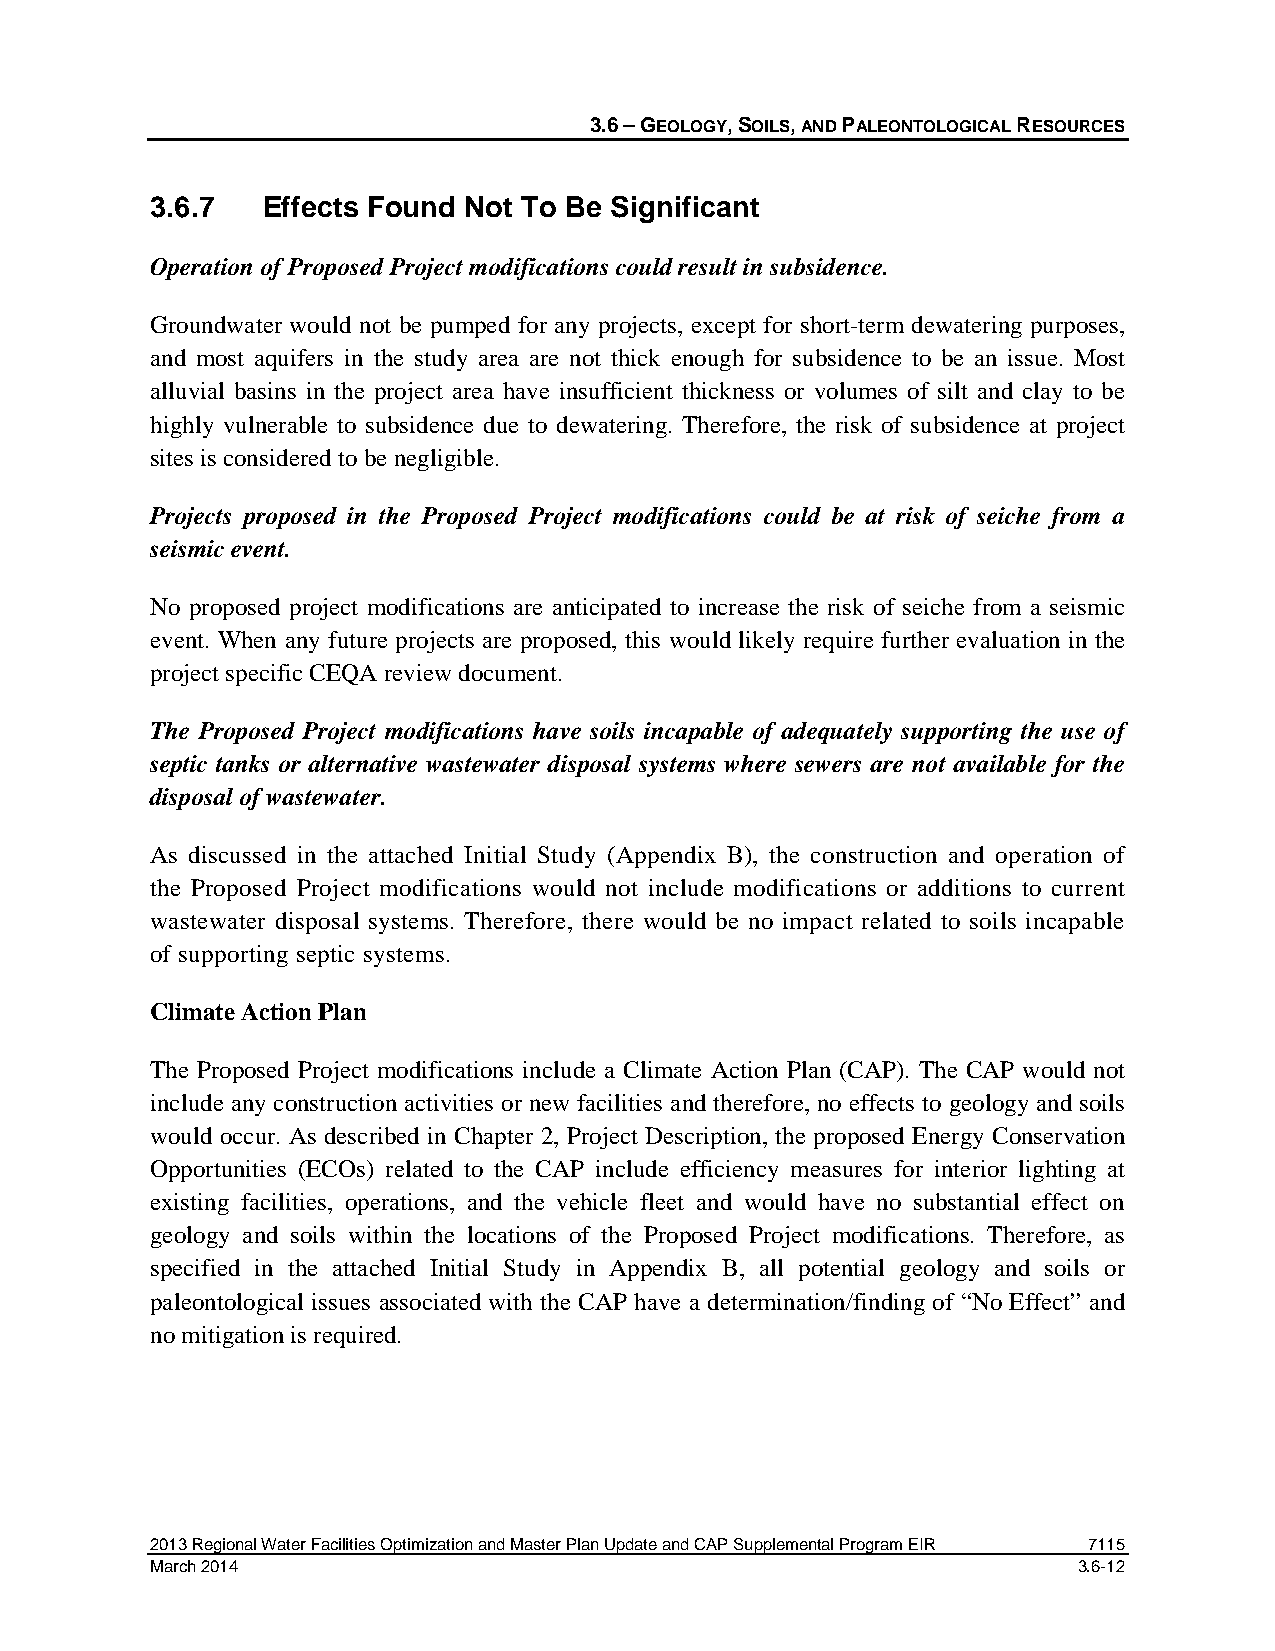
3.6 – GEOLOGY, SOILS, AND PALEONTOLOGICAL RESOURCES
 3.6.7  Effects Found Not To Be Significant
 Operation of Proposed Project modifications could result in subsidence.
 Groundwater would not be pumped for any projects, except for short-term dewatering purposes,
 and most aquifers in the study area are not thick enough for subsidence to be an issue. Most
 alluvial basins in the project area have insufficient thickness or volumes of silt and clay to be
 highly vulnerable to subsidence due to dewatering. Therefore, the risk of subsidence at project
 sites is considered to be negligible.
 Projects proposed in the Proposed Project modifications could be at risk of seiche from a
 seismic event.
 No proposed project modifications are anticipated to increase the risk of seiche from a seismic
 event. When any future projects are proposed, this would likely require further evaluation in the
 project specific CEQA review document.
 The Proposed Project modifications have soils incapable of adequately supporting the use of
 septic tanks or alternative wastewater disposal systems where sewers are not available for the
 disposal of wastewater.
 As discussed in the attached Initial Study (Appendix B), the construction and operation of
 the Proposed Project modifications would not include modifications or additions to current
 wastewater disposal systems. Therefore, there would be no impact related to soils incapable
 of supporting septic systems.
 Climate Action Plan
 The Proposed Project modifications include a Climate Action Plan (CAP). The CAP would not
 include any construction activities or new facilities and therefore, no effects to geology and soils
 would occur. As described in Chapter 2, Project Description, the proposed Energy Conservation
 Opportunities (ECOs) related to the CAP include efficiency measures for interior lighting at
 existing facilities, operations, and the vehicle fleet and would have no substantial effect on
 geology and soils within the locations of the Proposed Project modifications. Therefore, as
 specified in the attached Initial Study in Appendix B, all potential geology and soils or
 paleontological issues associated with the CAP have a determination/finding of “No Effect” and
 no mitigation is required.
 2013 Regional Water Facilities Optimization and Master Plan Update and CAP Supplemental Program EIR 7115
 March 2014                                                   3.6-12